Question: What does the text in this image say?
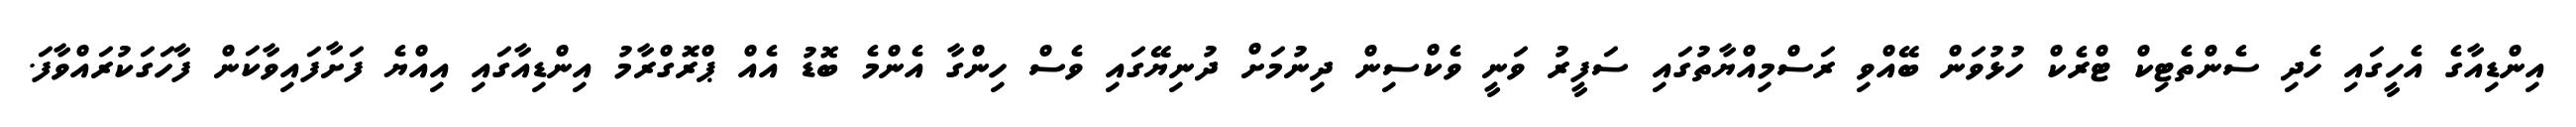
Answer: އިންޑިއާގެ އެހީގައި ހެދި ސެންތެޓިކް ޓްރެކް ހުޅުވަން ބޭއްވި ރަސްމިއްޔާތުގައި ސަފީރު ވަނީ ވެކްސިން ދިނުމަށް ދުނިޔޭގައި ވެސް ހިންގާ އެންމެ ބޮޑު އެއް ޕްރޮގްރާމު އިންޑިއާގައި އިއްޔެ ފަށާފައިވާކަން ފާހަގަކުރައްވާފަ.